Annual report of the Central Committee of the Association together with the report of the directors of the Pasteur Institute at Kasauli
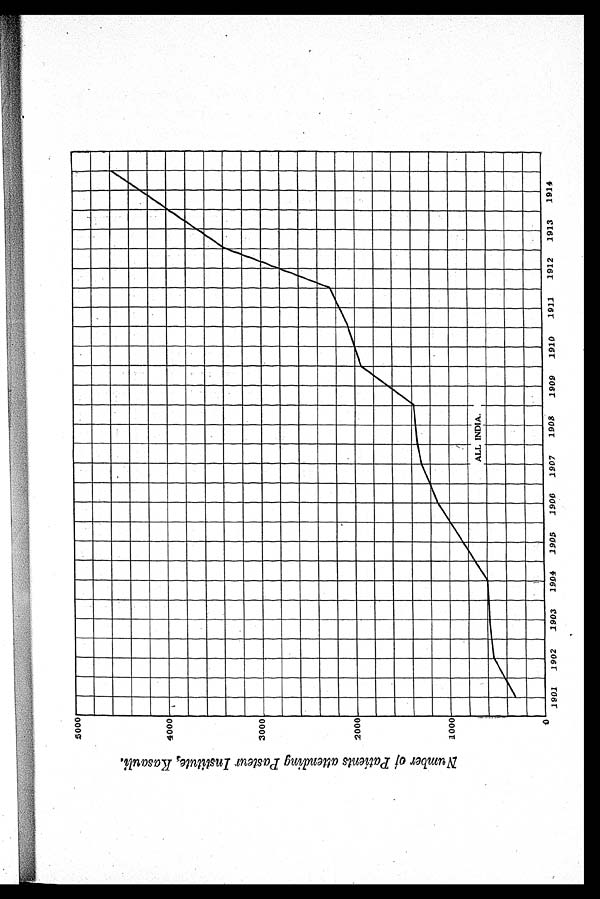
Number of Patients attending Pasteur Institute., Kasauli.